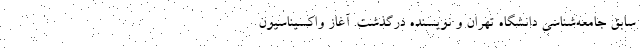
سابق جامعه‌شناسی دانشگاه تهران و نویسنده درگذشت. آغاز واکسیناسیون